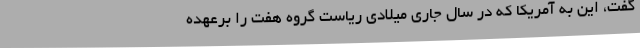
گفت، این به آمریکا که در سال جاری میلادی ریاست گروه هفت را برعهده